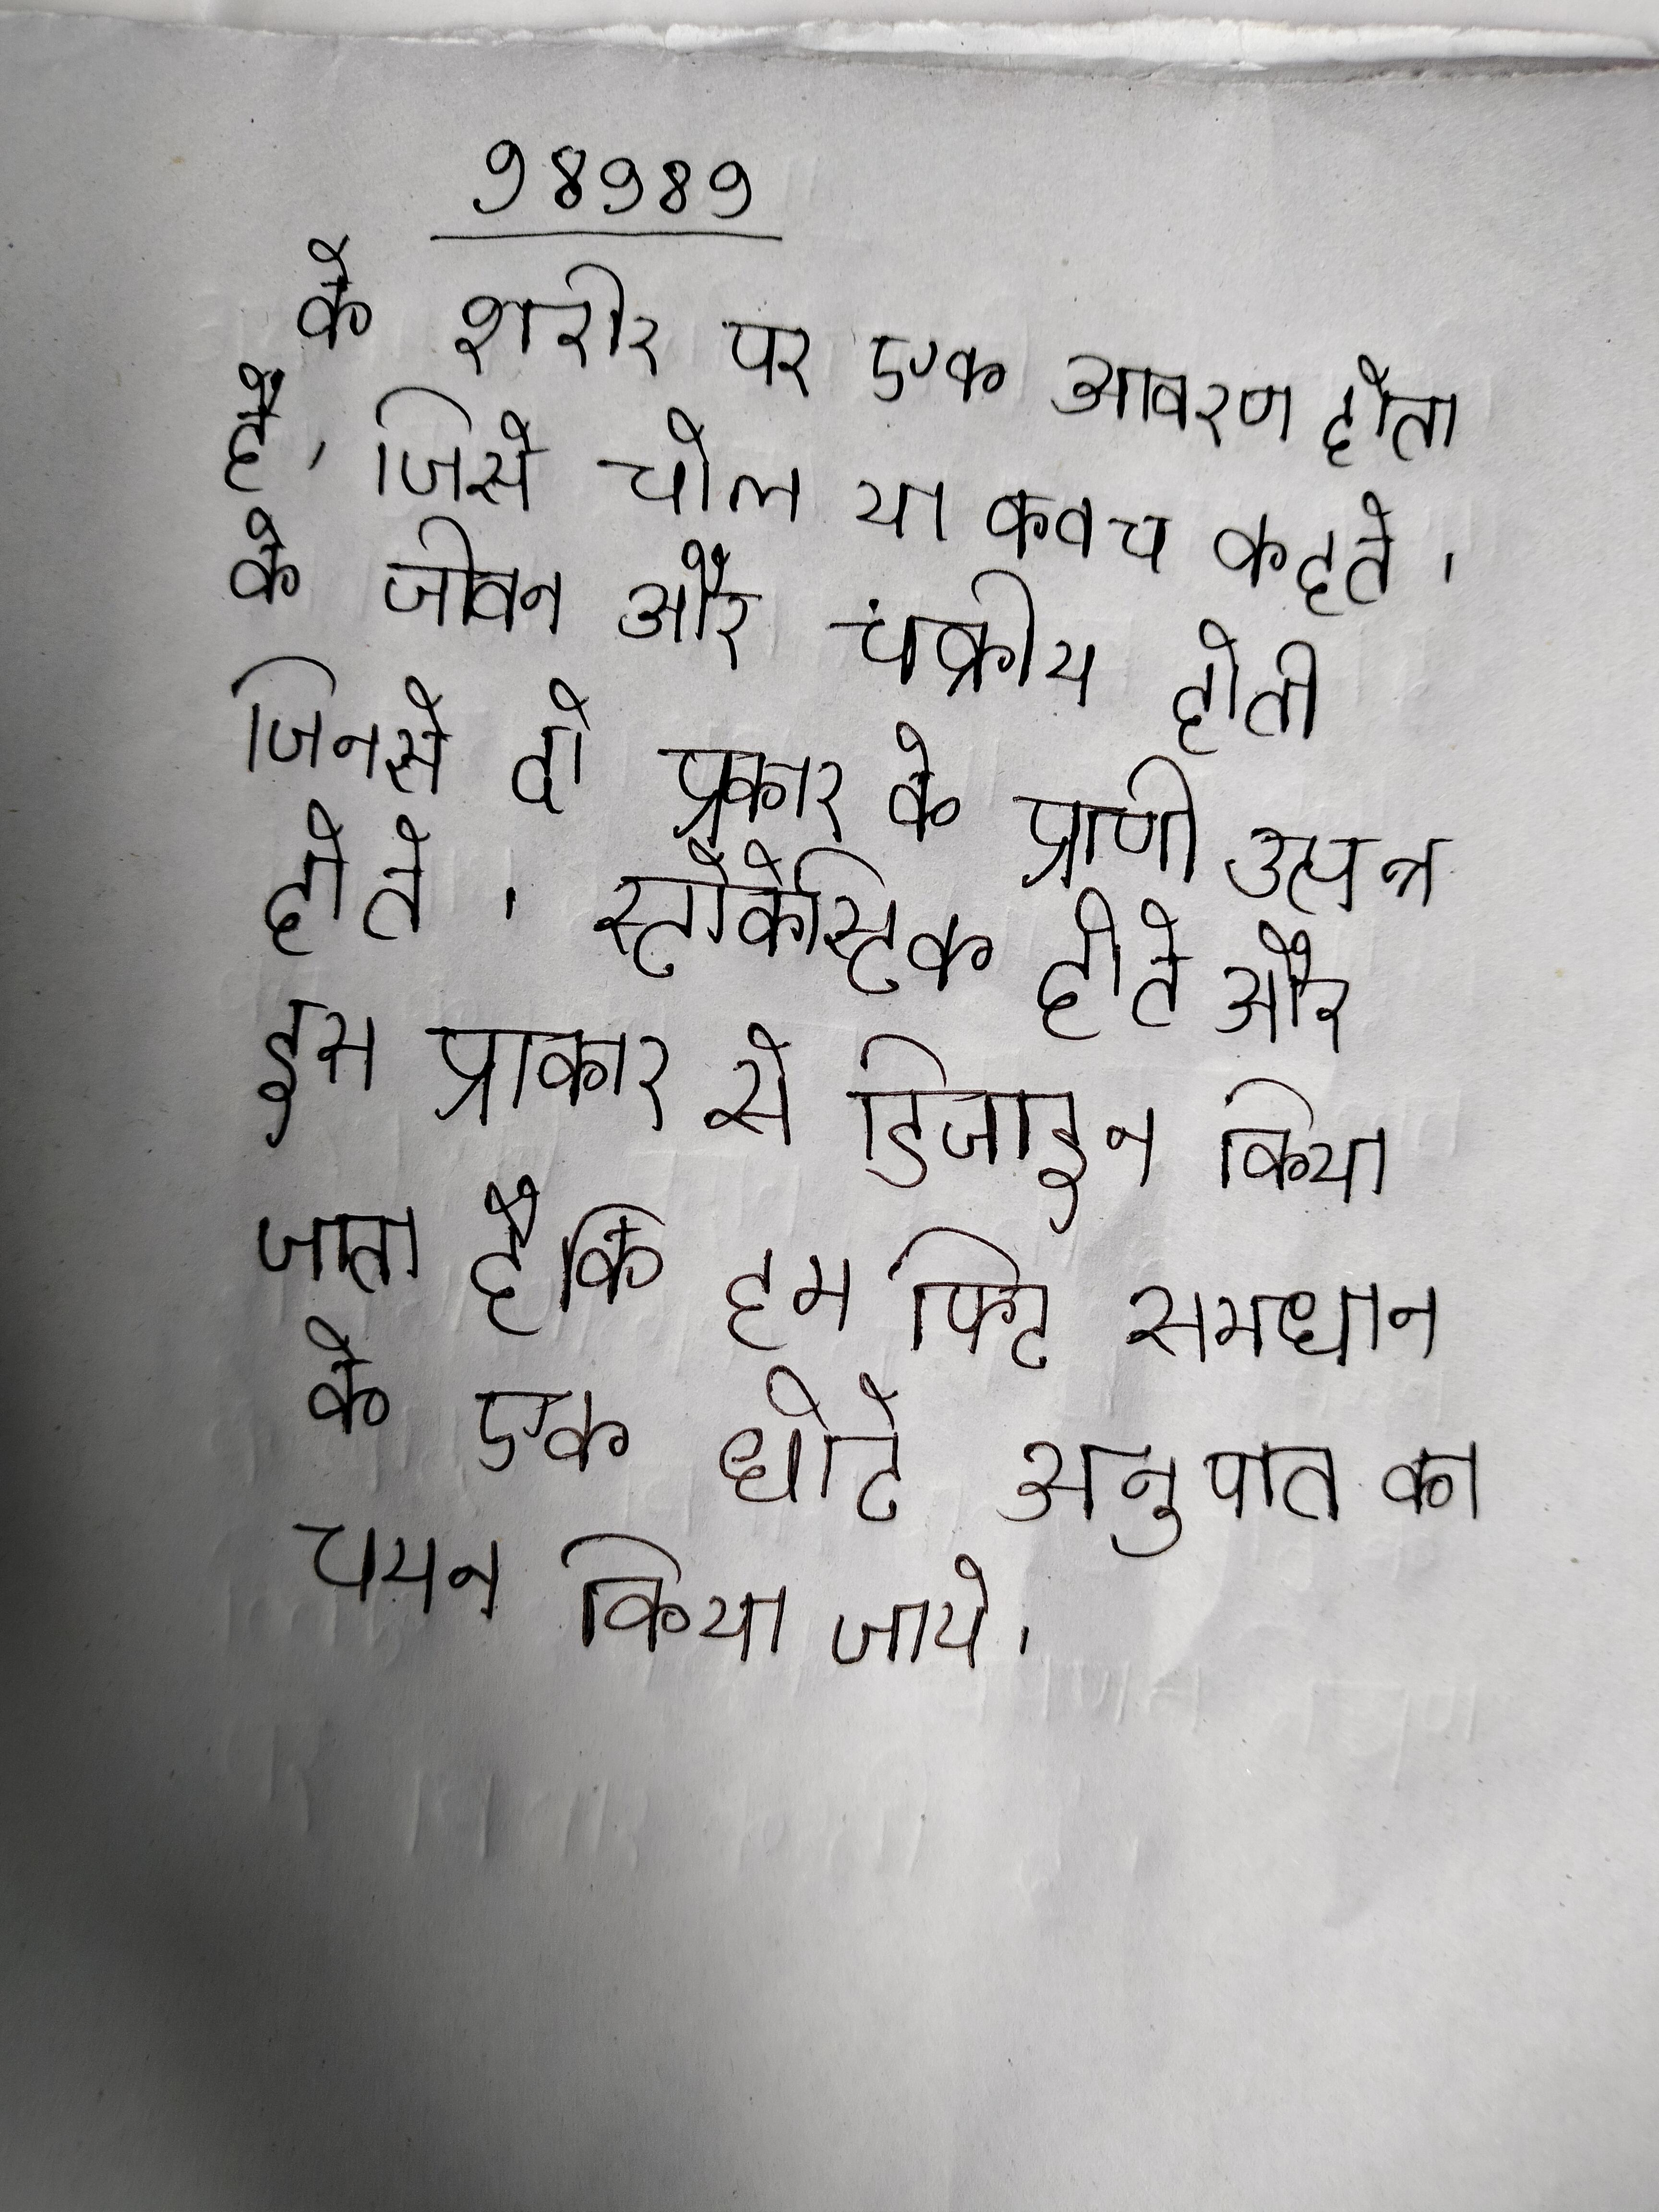
के शरीर पर एक आवरण होता है, जिसे चोल या कवच कहते । के जीवन और चक्रीय होती जिनसे दो प्रकार के प्राणी उत्पन्न होते । स्टोकेस्टिक होते और इस प्रकार से डिजाइन किया जाता है कि कम फिट समाधान के एक छोटे अनुपात का चयन किया जाये .